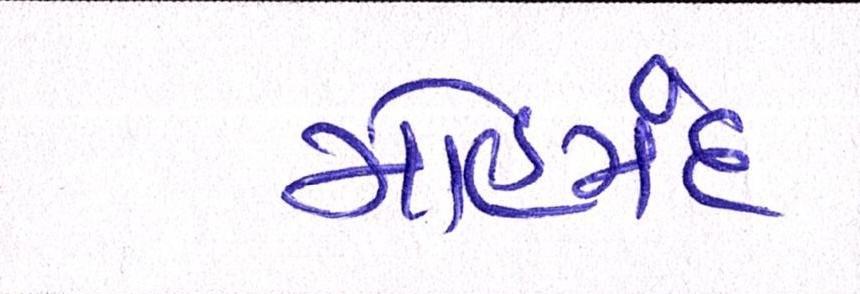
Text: મોહમંદ